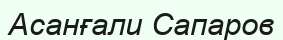
Асанғали Сапаров